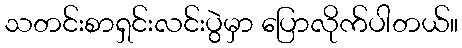
သတင်းစာရှင်းလင်းပွဲမှာ ပြောလိုက်ပါတယ်။